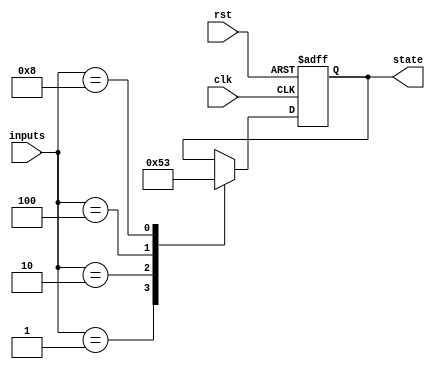
module priority_encoded_state_machine (
    input wire clk,
    input wire rst,
    input wire [3:0] inputs,
    output wire [2:0] state
);

// State machine states
parameter STATE_A = 3'b000;
parameter STATE_B = 3'b001;
parameter STATE_C = 3'b010;
parameter STATE_D = 3'b011;

// State machine state register
reg [2:0] state_reg, next_state;

// Priority encoding logic
always @(*) begin
    case(inputs)
        4'b0001: next_state = STATE_A;
        4'b0010: next_state = STATE_B;
        4'b0100: next_state = STATE_C;
        4'b1000: next_state = STATE_D;
        default: next_state = state_reg;
    endcase
end

// State machine logic
always @(posedge clk or posedge rst) begin
    if(rst) begin
        state_reg <= STATE_A;
    end else begin
        state_reg <= next_state;
    end
end

assign state = state_reg;

endmodule